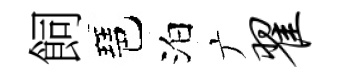
飼琶泊广翟